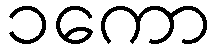
၁ကော